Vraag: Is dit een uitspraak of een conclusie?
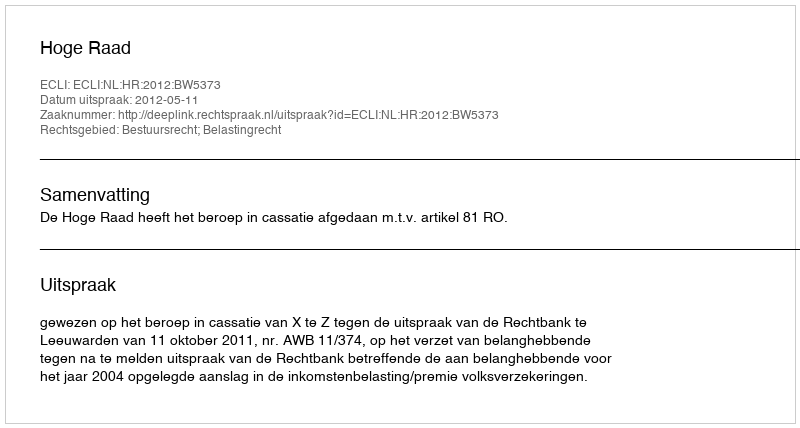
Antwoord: Uitspraak